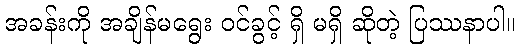
အခန်းကို အချိန်မရွေး ဝင်ခွင့် ရှိ မရှိ ဆိုတဲ့ ပြဿနာပါ။